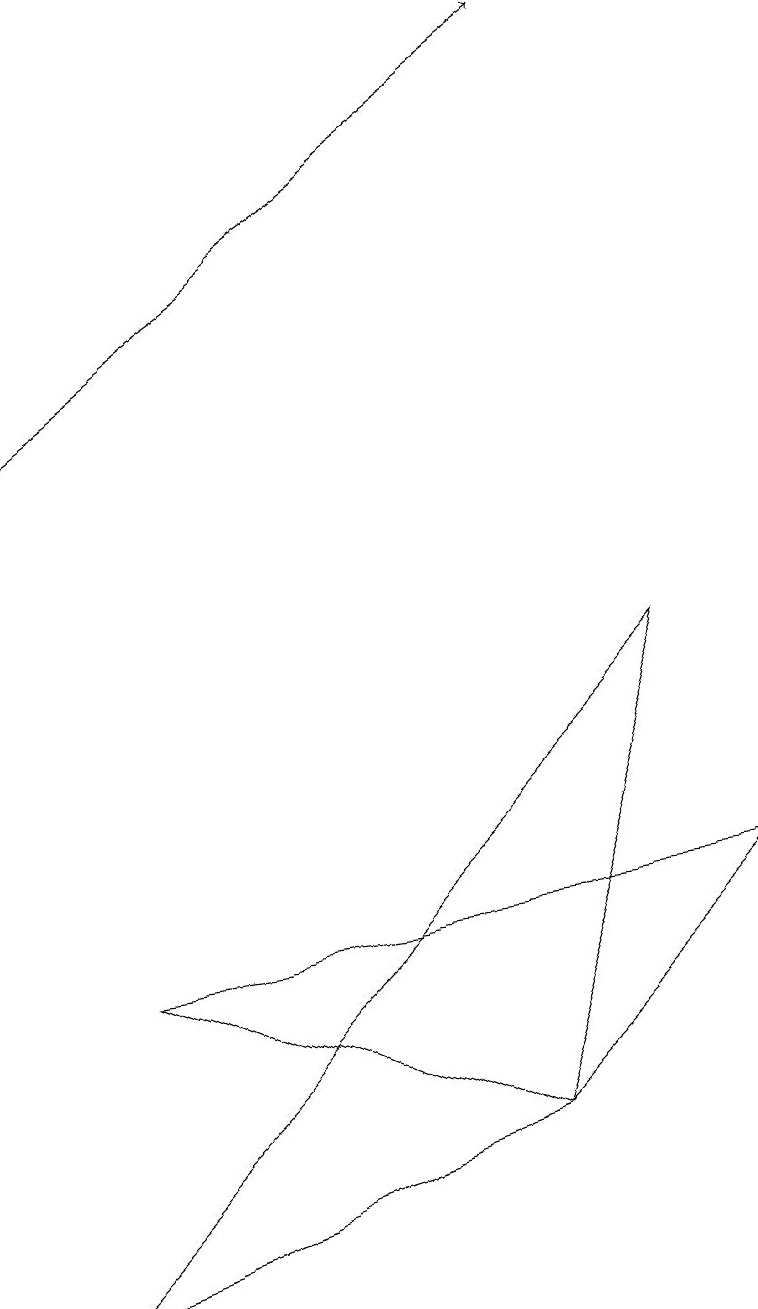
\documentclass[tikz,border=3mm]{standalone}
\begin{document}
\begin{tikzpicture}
\draw (6,2) -- (0,0) -- (8,8) -- cycle;
\draw (6,2) -- (1,4) -- (9,5) -- cycle;
\draw[->] (0,11) -- (7,16);
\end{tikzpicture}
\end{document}